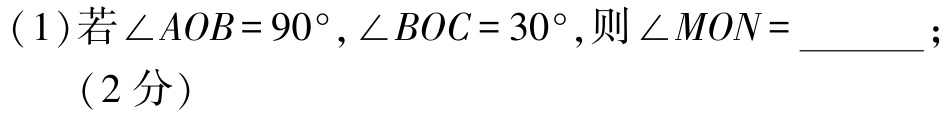
(1)若\(\angle AOB = 90^{\circ},\angle BOC = 30^{\circ}\),则\(\angle MON =\)  ；

（2分）